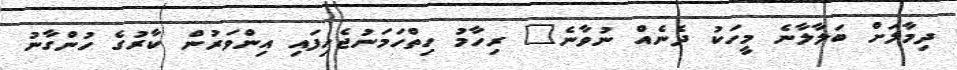
ދިމާލަށް ބަލާލާނެ މީހަކު ދެނެއް ނުވާނެ" ރިހާމު ހިތްހަމަނުޖެހިފައި އިންވަރުން ކާރުގެ ހުންގާނު